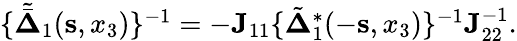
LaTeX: \begin{array}{r}{\{ {\tilde{\bar{\mathbf\Delta}}}_{1}({\mathbf s},x_{3})\} ^{-1}=-{\mathbf J}_{11}\{ {\tilde{{\mathbf\Delta}}}_{1}^{*}(-{\mathbf s},x_{3})\} ^{-1}{\mathbf J}_{22}^{-1}.}\end{array}